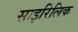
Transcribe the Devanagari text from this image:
साइरिलिक